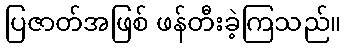
ပြဇာတ်အဖြစ် ဖန်တီးခဲ့ကြသည်။